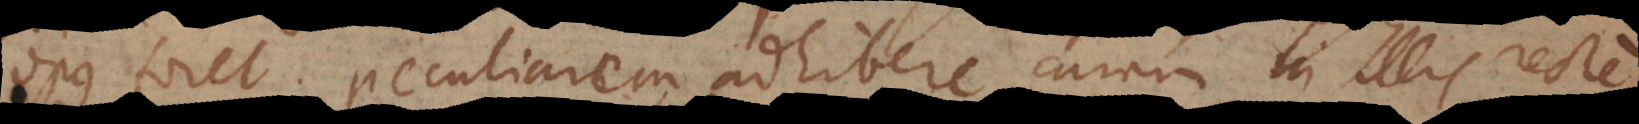
opus foret peculiarem adhibere curam in illis recte